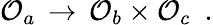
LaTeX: {\cal O}_{a}\, \rightarrow\, {\cal O}_{b}\times{\cal O}_{c}\, \, \, .